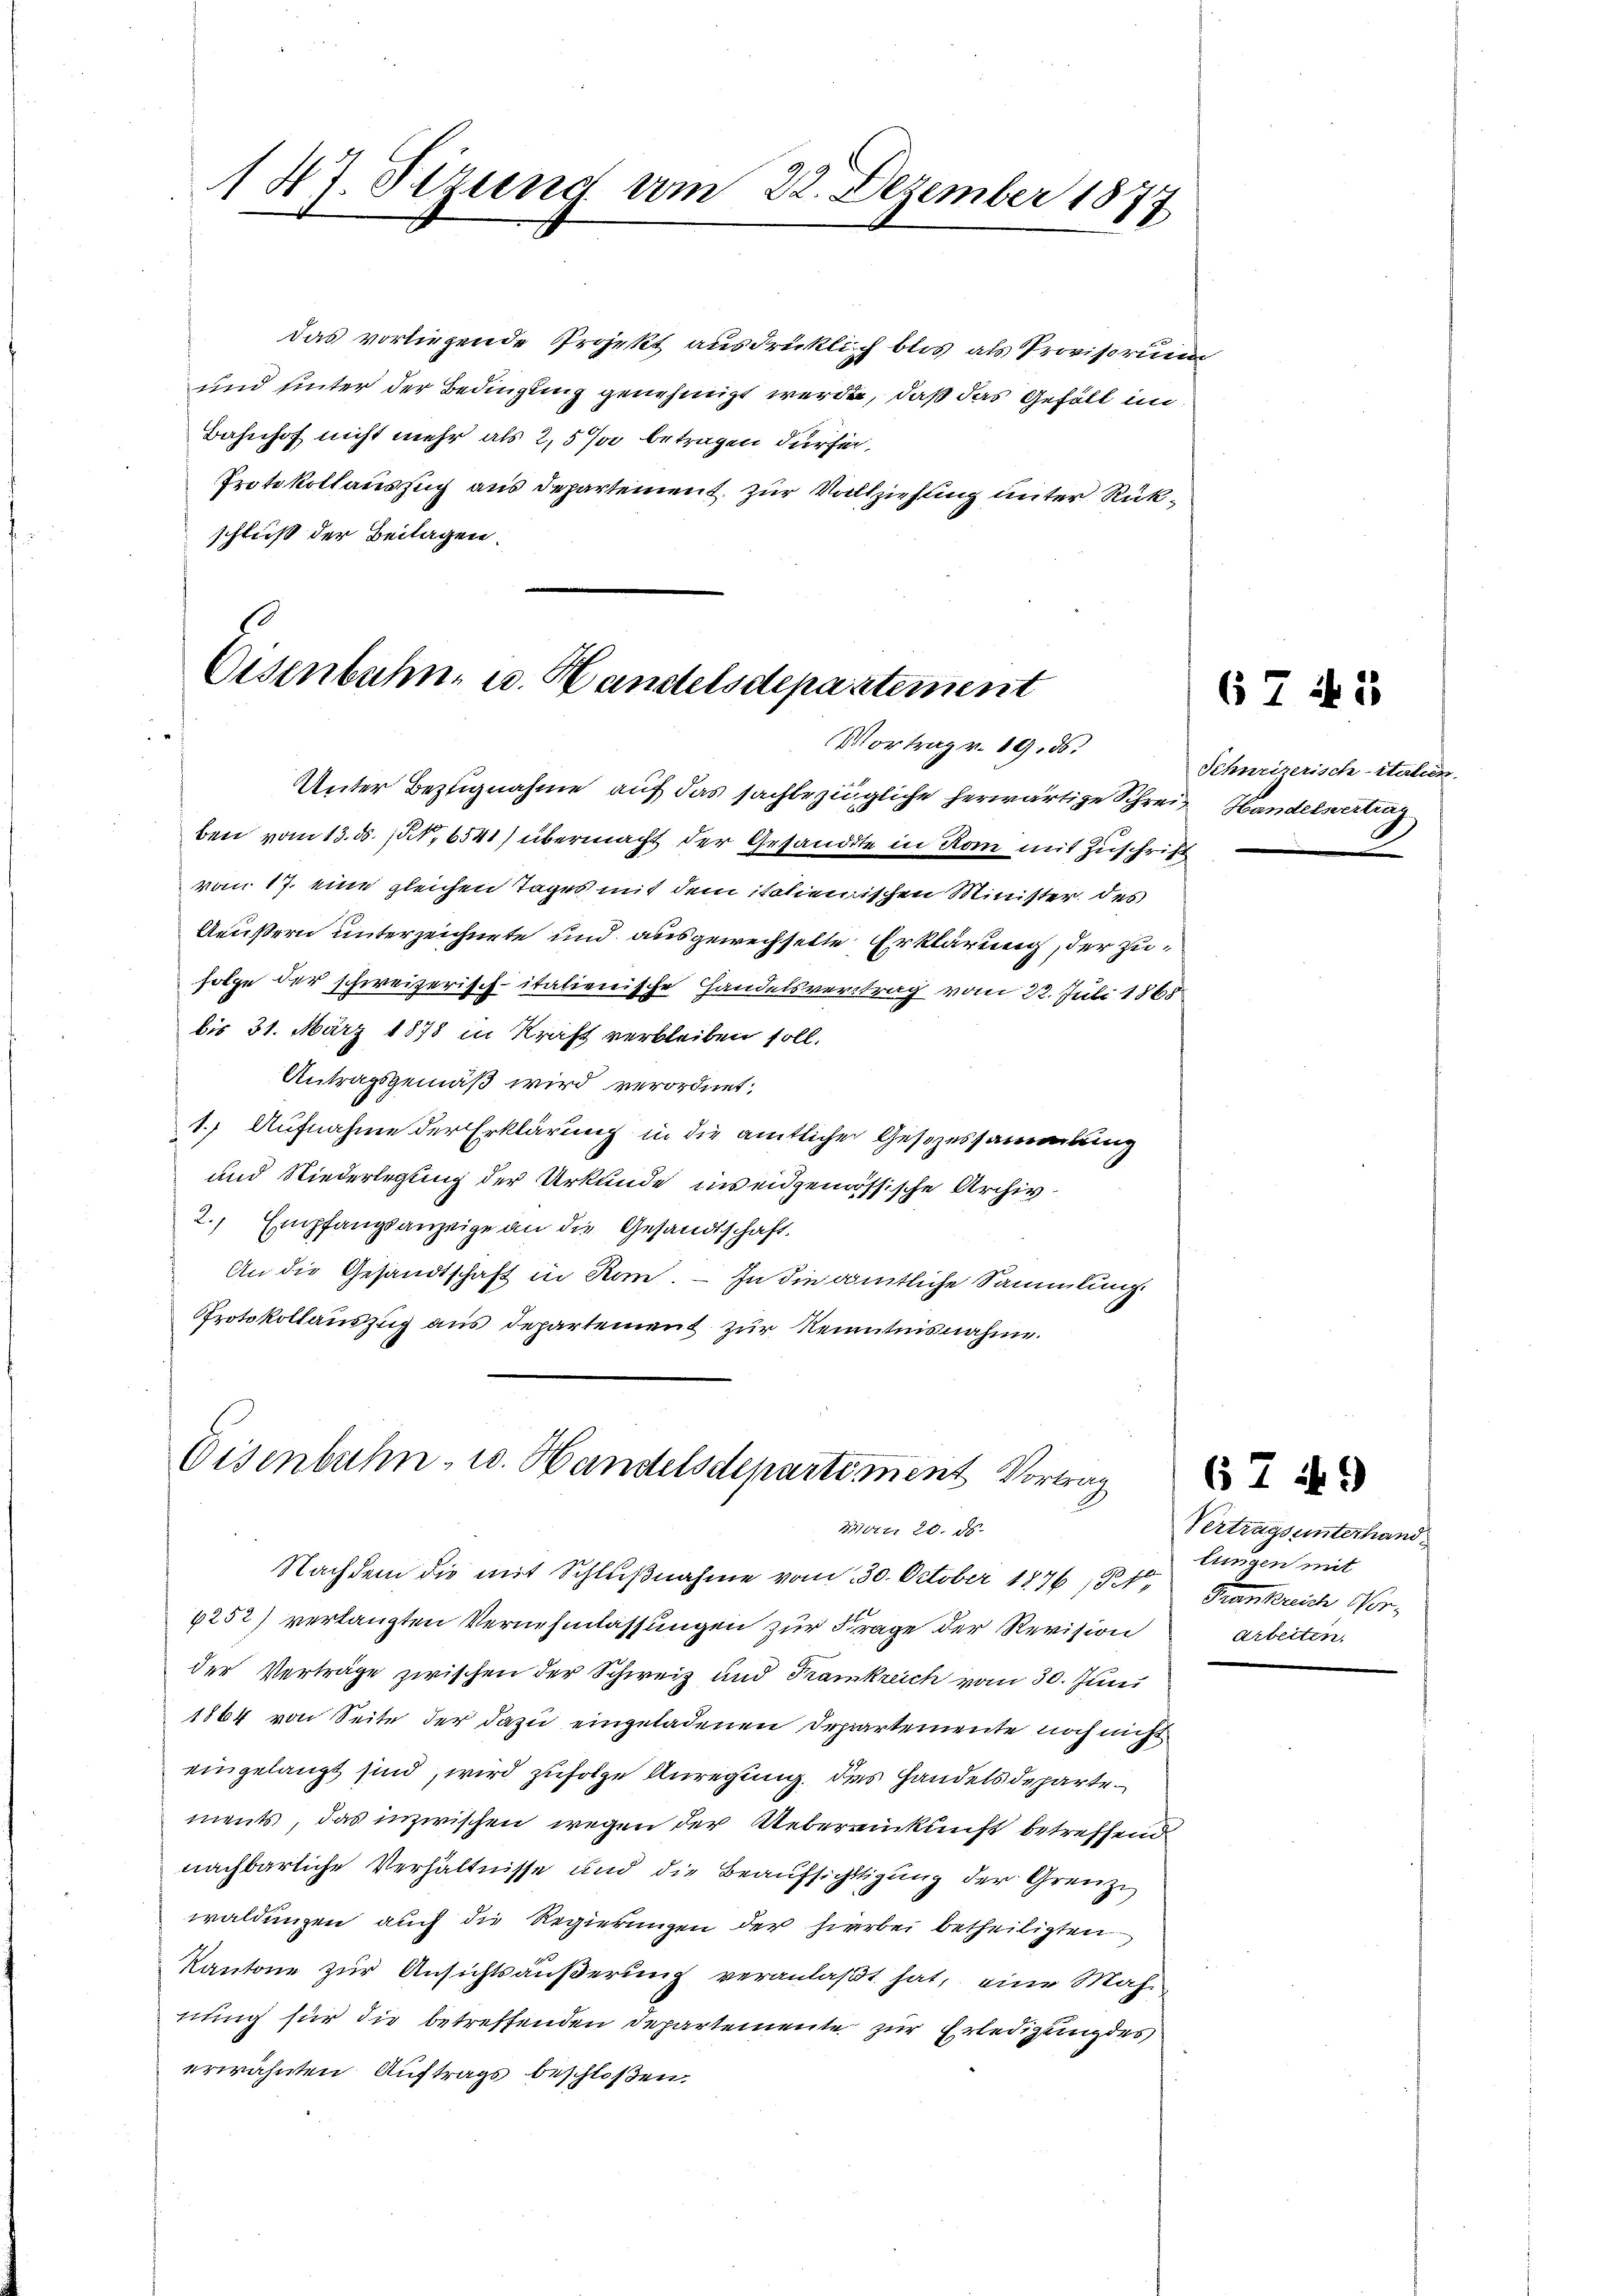
147. Sizung vom 22. Dezember 1877

das vorliegende Projekt ausdrücklich blos als Provisorium
und unter der Bedingung genehmigt werden, daß das Gefäll im
Bahnhof nicht mehr als 2,5 % betragen dürfen.
Protokollaussuch aus Departement zur Vollziehung unter Rückschluß der Beitagen.

60
Eisenbahn u. Handelsdepartement
Vortrag v. 19. ds.

Unter Bezugnahme auf das sachbezügliche herwärtige Schrei Handelsvertrag
ben vom 13. ds. 1t, 6541) übermacht der Gesandte in Rom mit Zuschrift
vom 17. eine gleichen Tages mit dem italienischen Minister des
Aeußern unterzeichnete und ausgewechselte Erklärung, der zufolge der schweizerisch-italienische Handelsvertrag vom 22. Juli 1865
bis 31. März 1878 in Kraft verbleiben soll.
Antragsgemäß wird verordnet;
1.) Aufnahme der Erklärung in die amtlicher Gesezessammlung
und Niederlegung der Urkunde in eidgenöössische Archiv
2. Empfangsanzeige an die Gesandtschaft.
An die Gesandtschaft in Rom. — In die amtliche Sammlung.
Protokollauszug aus Departement zur Reiutnisnahme.

Eisenbahn- u. Handelsdepartement Vortrag
Mater 20. ds.

Nachdem die mit Schlŭβnahme vom 30. October 1876 (5 N. Frankreich Vor-
4252) verlangten Vernehmlassungen zur Frage der Revision
der Verträge zwischen der Schweiz und Krankreich vom 30. Juni
1864 von Seite der dazu eingeladenen Departemente noch nicht
eingelangt sind, wird zufolge Anregung des Handels departements, das inzwischen wegen der Uebereinkunft betreffend
nachbarliche Verhältnisse und die Beaufsichtigung der Grenze
waldungen auch die Regierungen der hierbei betheiligten
Kantone zur Ansichtsäußerung veranlaßt hat, eine Mah-
nung für die betreffenden Departemente zur Erledigung des
erwähnten Auftrags beschloßen.

Schneizerisch-Italien.

67 f. 5

67 if. 9
Vertragsunterhand
lungen mit
Arbeiten.